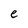
Character: e